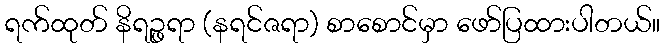
ရက်ထုတ် နိရဉ္ဖရာ (နရင်ဇရာ) စာစောင်မှာ ဖော်ပြထားပါတယ်။